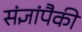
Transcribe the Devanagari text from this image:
संज्ञांपैकी